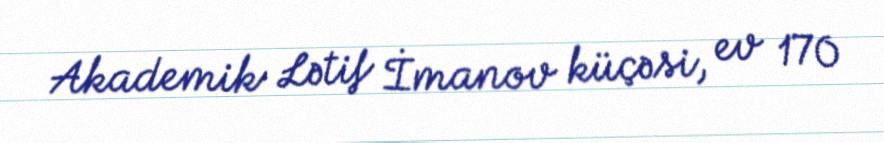
Akademik Lətif İmanov küçəsi, ev 170